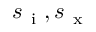
s _ { \mathrm { ~ i ~ } } , s _ { \mathrm { ~ x ~ } }